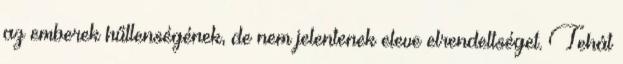
az emberek hűtlenségének, de nem jelentenek eleve elrendeltséget. Tehát